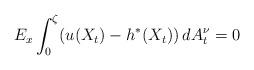
LaTeX: \begin{align*}E_{x}\int_{0}^{\zeta}(u(X_{t})-h^{*}(X_{t}))\,dA_{t}^{\nu}=0\end{align*}